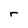
Character: r